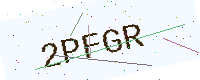
Text: 2PFGR